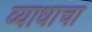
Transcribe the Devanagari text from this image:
व्याधाचा